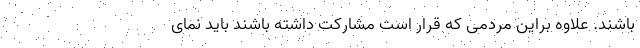
باشند. علاوه براین مردمی که قرار است مشارکت داشته باشند باید نمای